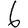
Digit: 6